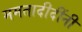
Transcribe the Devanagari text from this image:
ममतादीदींनी